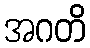
အဂတိ